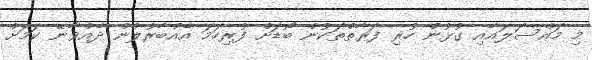
މި މައްސަލައާއި ގުޅުން ހުރި ފަރާތްތަކުން ބޯޑަށް ފުރިހަމަ އެއްބާރުލުން ދެއްވާނޭ ކަމަށް